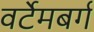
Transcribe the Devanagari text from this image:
वर्टेमबर्ग